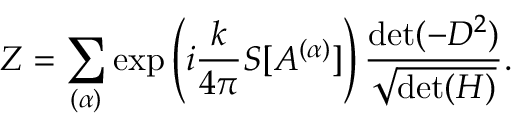
Z = \sum _ { ( \alpha ) } \exp \left( i \frac { k } { 4 \pi } S [ A ^ { ( \alpha ) } ] \right) \frac { \mathrm { d e t } ( - D ^ { 2 } ) } { \sqrt { \mathrm { d e t } ( H ) } } .